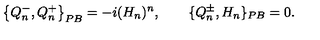
\left\{ Q _ { n } ^ { - } , Q _ { n } ^ { + } \right\} _ { P B } = - i ( H _ { n } ) ^ { n } , \qquad \{ Q _ { n } ^ { \pm } , H _ { n } \} _ { P B } = 0 .